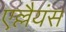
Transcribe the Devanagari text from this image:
एल्लैयंस